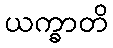
ယက္ခာတိ